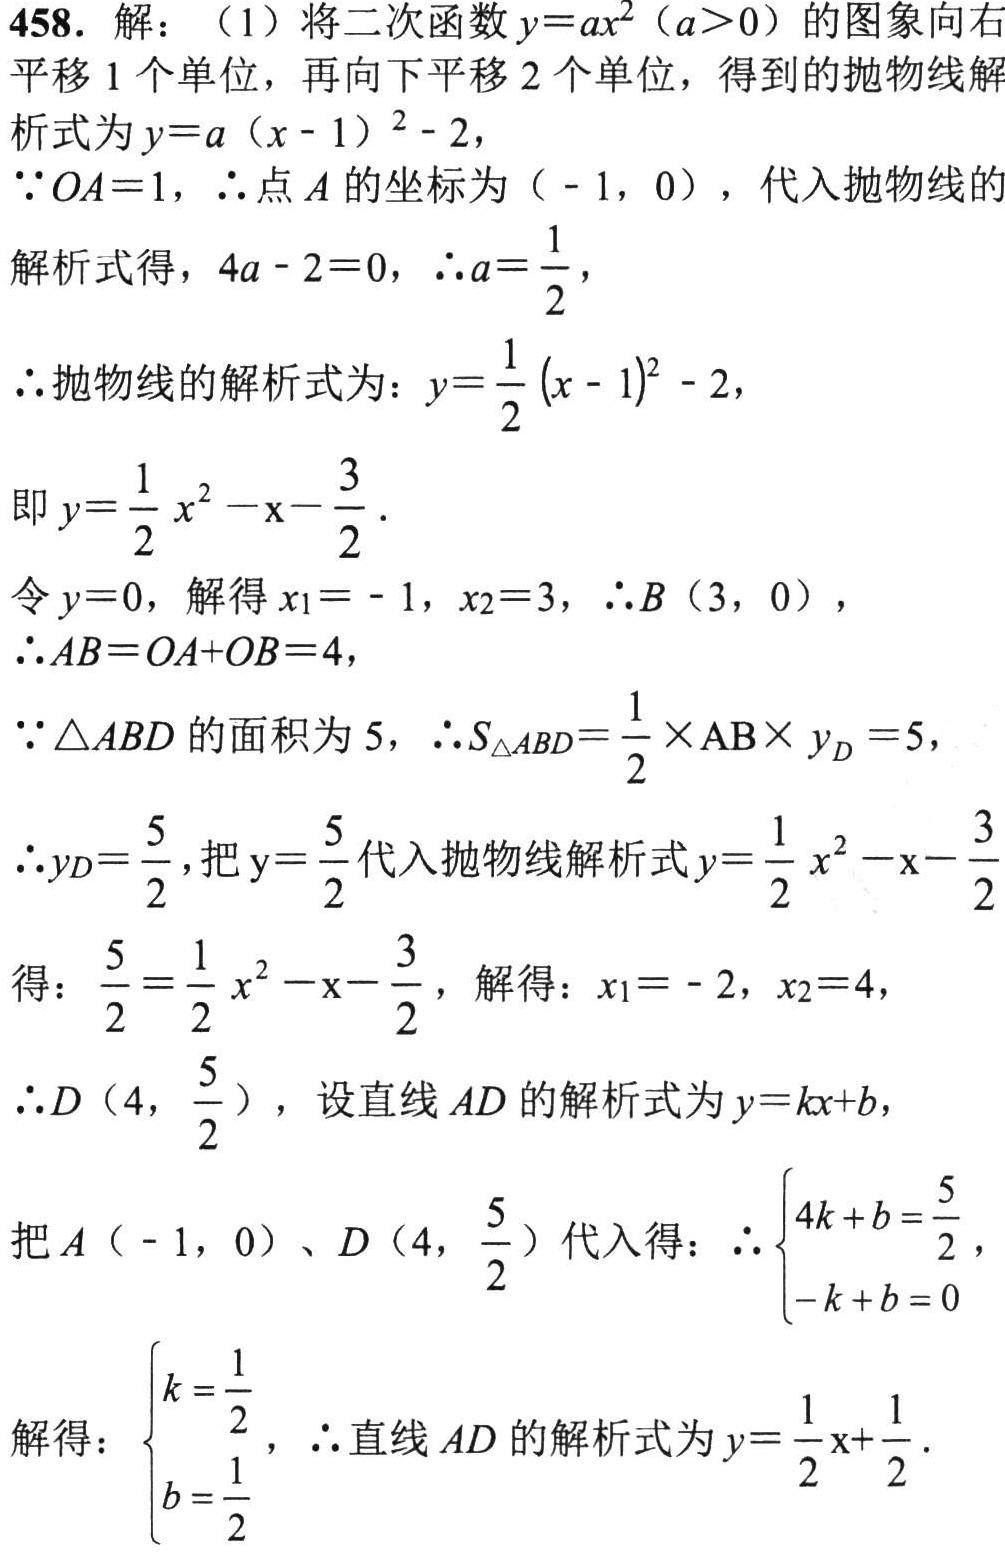
458. 解：（1）将二次函数 \(y = ax^{2}(a>0)\) 的图象向右平移 1 个单位，再向下平移 2 个单位，得到的抛物线解析式为 \(y = a(x - 1)^{2}-2\)，
\(\because OA = 1\)，\(\therefore\)点 \(A\) 的坐标为（\(-1,0\)），代入抛物线的解析式得，\(4a - 2 = 0\)，\(\therefore a=\frac{1}{2}\)，
\(\therefore\)抛物线的解析式为：\(y=\frac{1}{2}(x - 1)^{2}-2\)，
即 \(y=\frac{1}{2}x^{2}-x-\frac{3}{2}\)．
令 \(y = 0\)，解得 \(x_{1}=-1\)，\(x_{2}=3\)，\(\therefore B(3,0)\)，
\(\therefore AB = OA + OB = 4\)，
\(\because\triangle ABD\) 的面积为 5，\(\therefore S_{\triangle ABD}=\frac{1}{2}\times AB\times y_{D}=5\)，
\(\therefore y_{D}=\frac{5}{2}\)，把 \(y = \frac{5}{2}\) 代入抛物线解析式 \(y=\frac{1}{2}x^{2}-x-\frac{3}{2}\)得：\(\frac{5}{2}=\frac{1}{2}x^{2}-x-\frac{3}{2}\)，解得：\(x_{1}=-2\)，\(x_{2}=4\)，
\(\therefore D(4,\frac{5}{2})\)，设直线 \(AD\) 的解析式为 \(y = kx + b\)，
把 \(A(-1,0)\)、\(D(4,\frac{5}{2})\) 代入得：\(\therefore\begin{cases}4k + b=\frac{5}{2}\\-k + b = 0\end{cases}\)，
解得：\(\begin{cases}k=\frac{1}{2}\\b=\frac{1}{2}\end{cases}\)，\(\therefore\)直线 \(AD\) 的解析式为 \(y=\frac{1}{2}x+\frac{1}{2}\)．